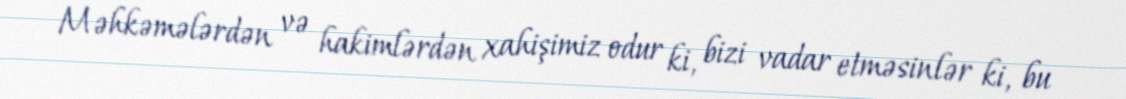
Məhkəmələrdən və hakimlərdən xahişimiz odur ki, bizi vadar etməsinlər ki, bu